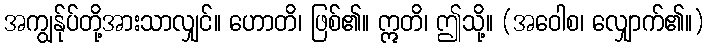
အကျွန်ုပ်တို့အားသာလျှင်။ ဟောတိ၊ ဖြစ်၏။ ဣတိ၊ ဤသို့။ (အဝေါစ၊ လျှောက်၏။)